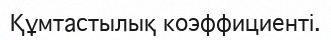
Құмтастылық коэффициенті.